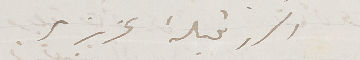
اكرر قبلة عزيزي